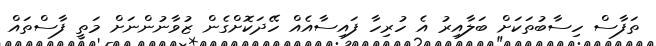
ތަފާސް ހިސާބުތަކަށް ބަލާއިރު އެ ހުރިހާ ފައިސާއެއް ހޭދަކޮށްގެން ޒުވާނުންނަށް މަތީ ފާސްތައް